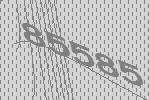
85585